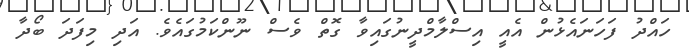
ހައްދު ފަހަނައެޅުން އެއީ އިސްލާމްދީނުގައިވާ ގޮތް ވެސް ނޫންކަމުގައެވެ. އަދި މިފަދަ ބޯދާ